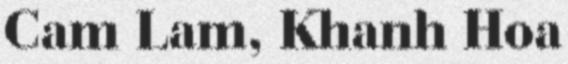
Cam Lam, Khanh Hoa